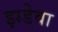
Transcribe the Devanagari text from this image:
झडेवा